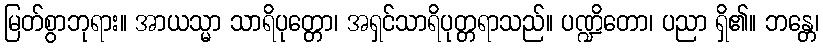
မြတ်စွာဘုရား။ အာယသ္မာ သာရိပုတ္တော၊ အရှင်သာရိပုတ္တရာသည်။ ပဏ္ဍိတော၊ ပညာ ရှိ၏။ ဘန္တေ၊